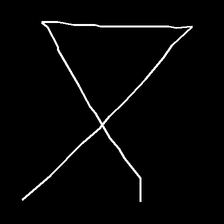
Glyph: collection